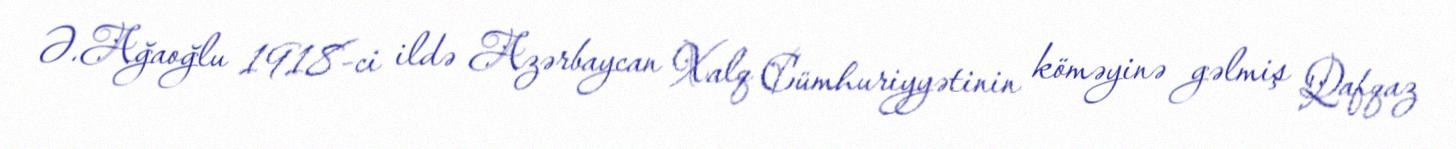
Ə.Ağaoğlu 1918-ci ildə Azərbaycan Xalq Cümhuriyyətinin köməyinə gəlmiş Qafqaz